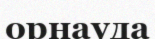
орнауда